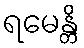
ရမေန္တိ